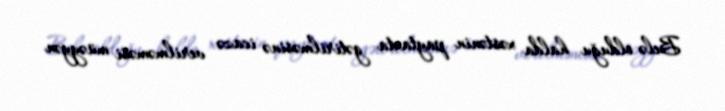
Belə olduğu halda xəstənin paytaxta gətirilməsinə icazə verilməməsi müəyyən